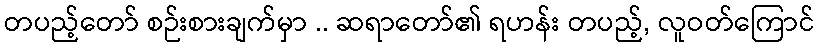
တပည့်တော် စဉ်းစားချက်မှာ .. ဆရာတော်၏ ရဟန်း တပည့်, လူဝတ်ကြောင်